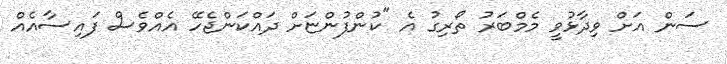
ސަން އަށް ވިދާޅުވީ މެމްބަރު ތޯރިގު އެ "ކުންފުންޏަށް ދައްކަންޖެހޭ އެއްވެސް ފައިސާއެއް